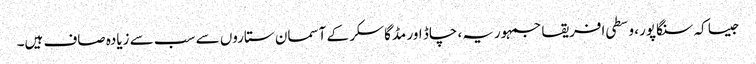
جیسا کہ سنگاپور، وسطی افریقا جمہوریہ، چاڈ اور مڈگاسکر کے آسمان ستاروں سے سب سے زیادہ صاف ہیں۔